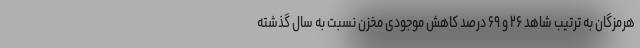
هرمزگان به ترتیب شاهد ۲۶ و ۶۹ درصد کاهش موجودی مخزن نسبت به سال گذشته